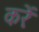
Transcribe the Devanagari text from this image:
करेंः